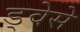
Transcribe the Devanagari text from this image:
ड्वेसे